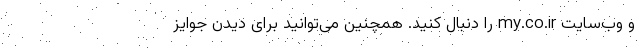
و وب‌سایت my.co.ir را دنبال کنید. همچنین می‌توانید برای دیدن جوایز